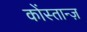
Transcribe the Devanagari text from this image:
कोंस्तान्ज़